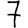
Digit: 7